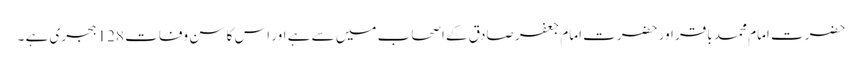
حضرت امام محمد باقر اور حضرت امام جعفر صادق کے اصحاب میں سے ہے اور اس کا سن وفات 128 ہجری ہے ۔